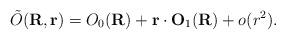
LaTeX: \begin{align*}\tilde{O}({\bf R}, {\bf r})= O_{0}({\bf R}) + {\bf r} \cdot{\bf O}_{1}({\bf R}) +o(r^{2}).\end{align*}